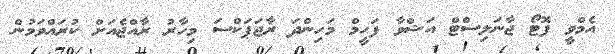
އެމްވީ ފޮޓޯ ޖާނަލިސްޓް އަޝްވާ ފަހީމް މަހިންދަ ރާޖަޕަކްސަ މިހާރު ރާއްޖެއަށް ކުރައްވަމުން